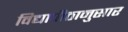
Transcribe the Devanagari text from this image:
विद्यापीठानुसार